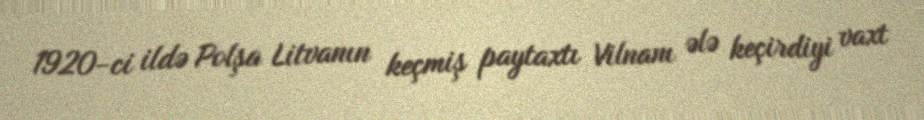
1920-ci ildə Polşa Litvanın keçmiş paytaxtı Vilnanı ələ keçirdiyi vaxt